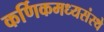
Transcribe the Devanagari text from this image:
कर्णिकमध्यसंस्थे